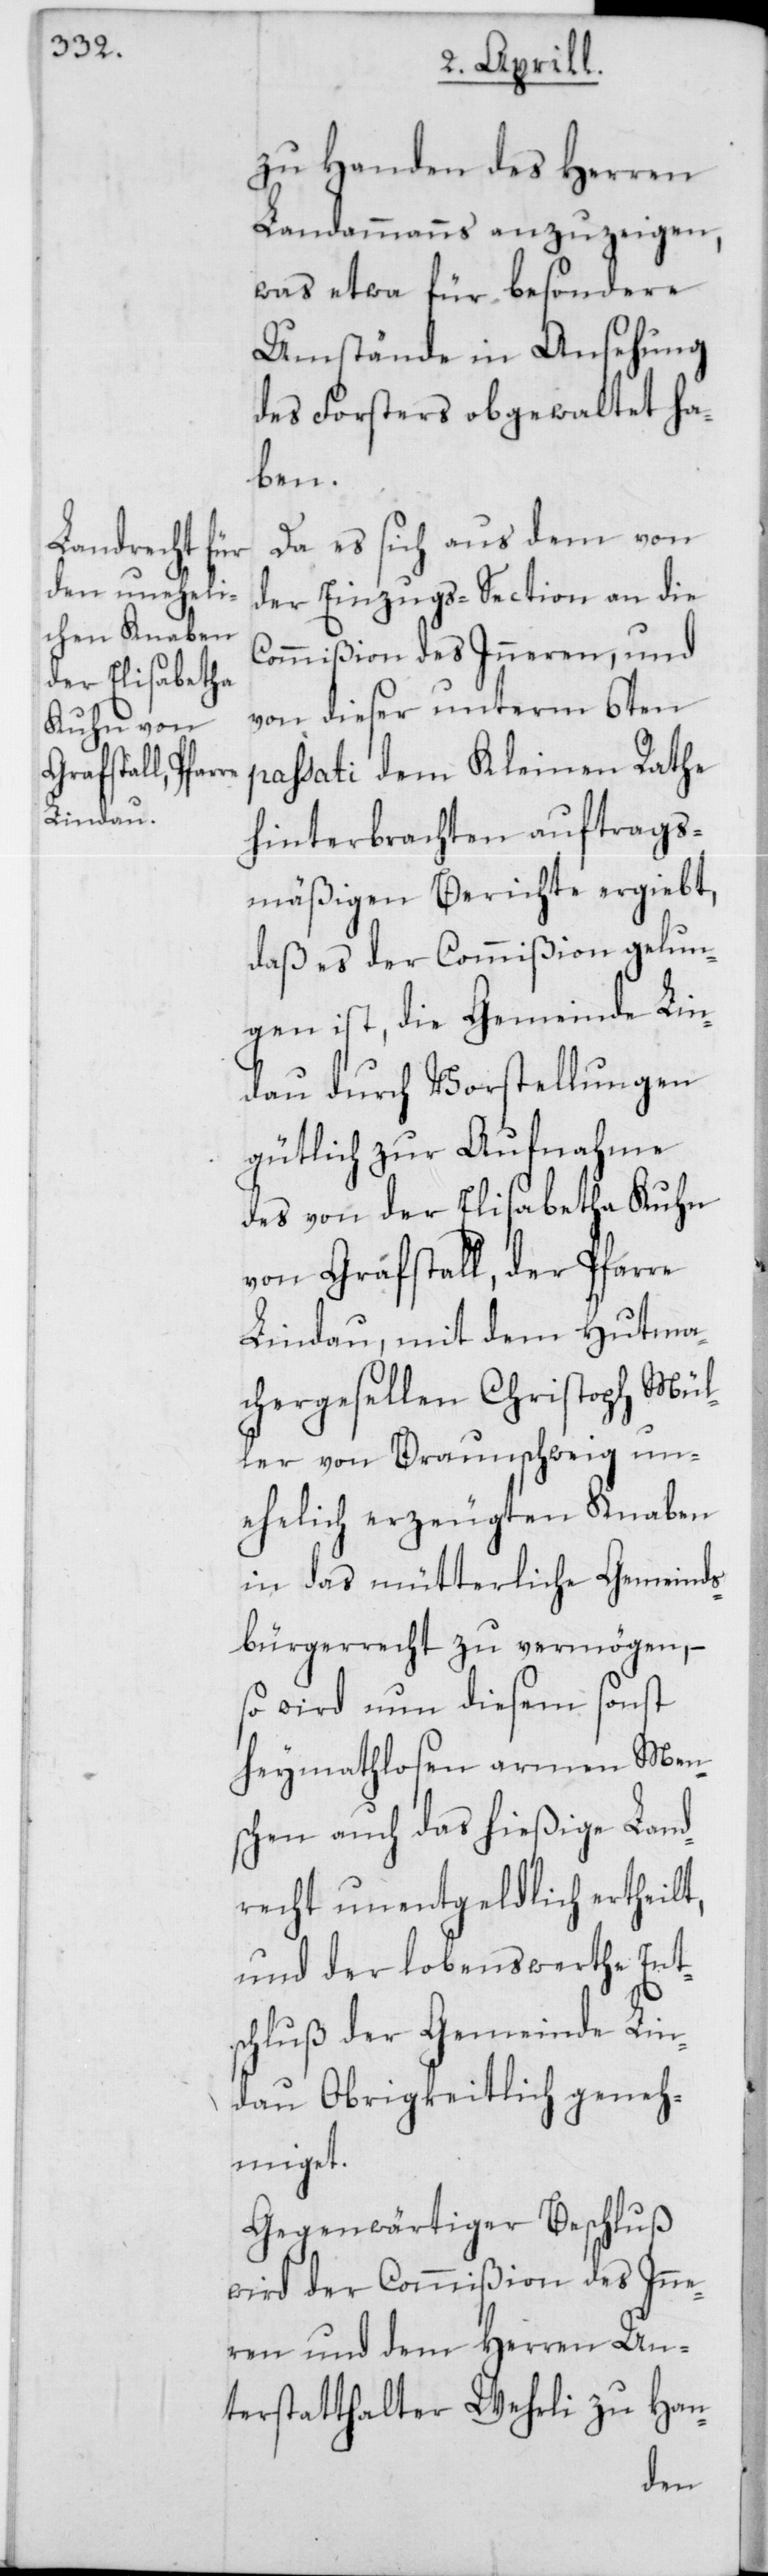
zu Handen des Herren
Landammanns anzuzeigen,
was etwa für besondere
Umstände in Ansehung
des Forsters obgewaltet ha¬
ben.
Da es sich aus dem von
der Einzugs-Section an die
Commißion des Inneren, und
von dieser unterm 6ten
passati dem Kleinen Rathe
hinterbrachten auftrags¬
mäßigen Berichte ergiebt,
daß es der Commißion gelun¬
gen ist, die Gemeinde Lin¬
dau durch Vorstellungen
gütlich zur Aufnahme
des von der Elisabetha Kuhn
von Grafstall, der Pfarre
Lindau, mit dem Hutma¬
chergesellen Christoph Mül¬
ler von Braunschweig un¬
ehelich erzeugten Knaben
in das mütterliche Gemeinds¬
bürgerrecht zu vermögen, –
so wird nun diesem sonst
heymathlosen armen Men¬
schen auch das hießige Land¬
recht unentgeldlich ertheilt,
und der lobenswerthe Ent¬
schluß der Gemeinde Lin¬
dau Obrigkeitlich geneh¬
miget.
Gegenwärtiger Beschluß
wird der Commißion des Inne¬
ren und dem Herrn Un¬
terstatthalter Wehrli zu Han-